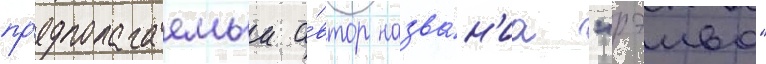
пр'едполагаемыи а́втор назва́н'иа "рэива"